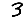
Digit: 3